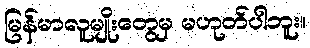
မြန်မာလူမျိုးတွေမှ မဟုတ်ပါဘူး။